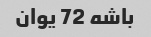
باشه 72 یوان